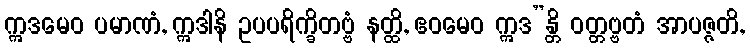
ဣဒမေဝ ပမာဏံ, ဣဒါနိ ဥပပရိက္ခိတဗ္ဗံ နတ္ထိ, ဧဝမေဝ ဣဒ”န္တိ ဝတ္တဗ္ဗတံ အာပဇ္ဇတိ,